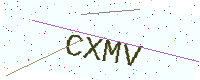
Text: CXMV